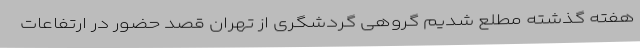
هفته گذشته مطلع شدیم گروهی گردشگری از تهران قصد حضور در ارتفاعات